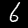
Digit: 6